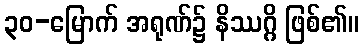
၃၀-မြောက် အရုဏ်၌ နိဿဂ္ဂိ ဖြစ်၏။